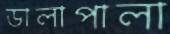
ডালাপালা